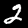
Label: 2